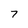
Character: 7